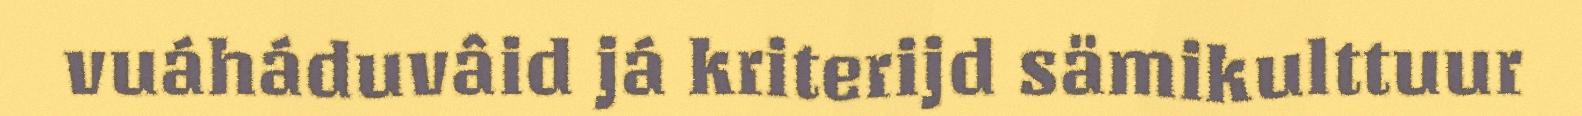
vuáháduvâid já kriterijd sämikulttuur